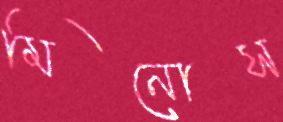
মিনোস